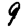
Digit: 9